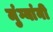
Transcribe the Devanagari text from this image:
मुंग्यांनी